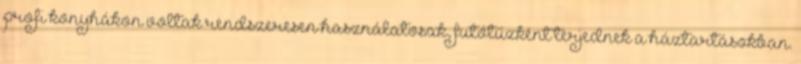
profi konyhákon voltak rendszeresen használatosak, futótűzként terjednek a háztartásokban.